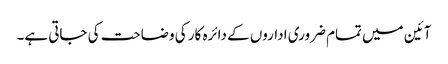
آئین میں تمام ضروری اداروں کے دائرہ کار کی وضاحت کی جاتی ہے۔